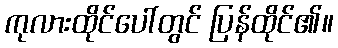
ကုလားထိုင်ပေါ်တွင် ပြန်ထိုင်၏။